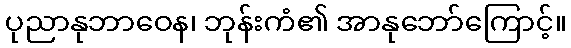
ပုညာနုဘာဝေန၊ ဘုန်းကံ၏ အာနုဘော်ကြောင့်။